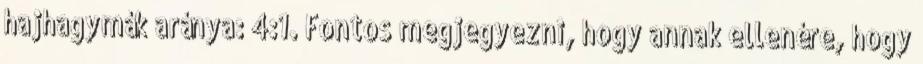
hajhagymák aránya: 4:1. Fontos megjegyezni, hogy annak ellenére, hogy